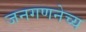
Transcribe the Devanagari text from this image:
जनगणनेच्य